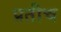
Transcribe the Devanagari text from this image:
प्रतीच